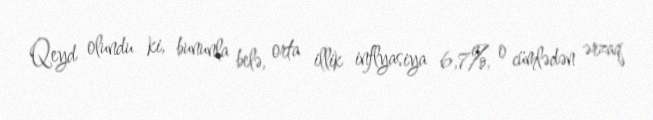
Qeyd olundu ki, bununla belə, orta illik inflyasiya 6,7%, o cümlədən ərzaq